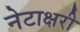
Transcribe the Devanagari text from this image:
नेटाक्षरी